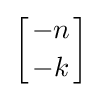
\left[{-n \atop -k}\right]